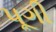
પૂગી